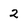
Character: 2